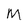
Character: M